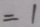
= 1